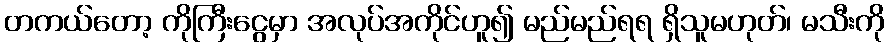
တကယ်တော့ ကိုကြီးငွေမှာ အလုပ်အကိုင်ဟူ၍ မည်မည်ရရ ရှိသူမဟုတ်၊ မသီးကို